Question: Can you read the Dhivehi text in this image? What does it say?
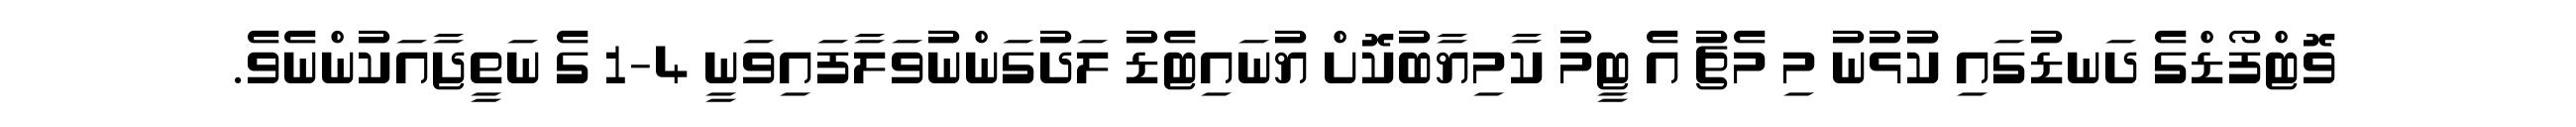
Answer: ވޮޓްފޯޑްގެ ދަނޑުގައި ކުުޅުނު މި މެޗު އެ ޓީމު ކާމިޔާބުކޮށް ޔުނައިޓެޑު ލަދުގަންނުވަލާފައިވަނީ 4-1 ގެ ނަތީޖާއަކުންނެވެ.